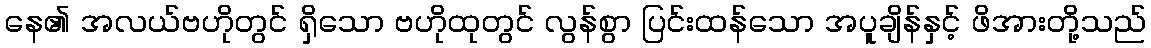
နေ၏ အလယ်ဗဟိုတွင် ရှိသော ဗဟိုထုတွင် လွန်စွာ ပြင်းထန်သော အပူချိန်နှင့် ဖိအားတို့သည်